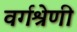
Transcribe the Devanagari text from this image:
वर्गश्रेणी